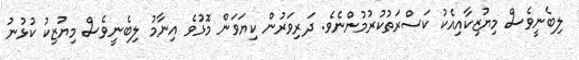
ލިބެނީވެސް މިޔުޒިކާއިއެކު ކަސްރަތުކުރުމުންނެވެ. ދަރިވަރުން ކިޔަވަން މޮޅުވެ އިނާމު ލިބެނީވެސް މިޔުޒިކު ކުޅުނު